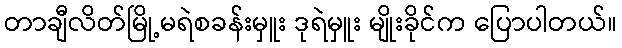
တာချီလိတ်မြို့မရဲစခန်းမှူး ဒုရဲမှူး မျိုးခိုင်က ပြောပါတယ်။